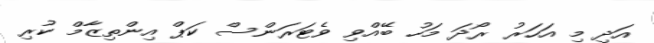
އަދި މި އަހަރު ރޯދަ މަހު ބޭއްވި ވެޓަރަންސް ކަޕް އިންތިޒާމް ކުރި